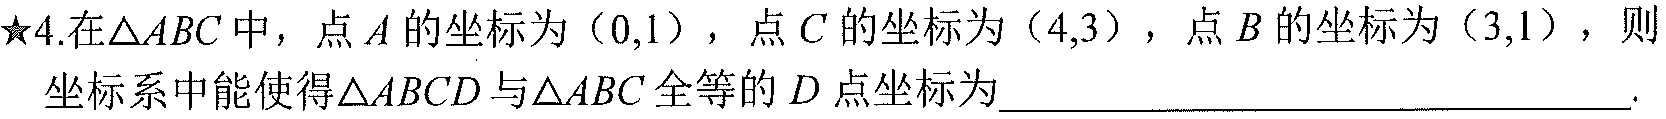
★4.在$\triangle ABC$中，点$A$的坐标为$(0,1)$，点$C$的坐标为$(4,3)$，点$B$的坐标为$(3,1)$，则
坐标系中能使得$\triangle ABCD$与$\triangle ABC$全等的$D$点坐标为________________________________.